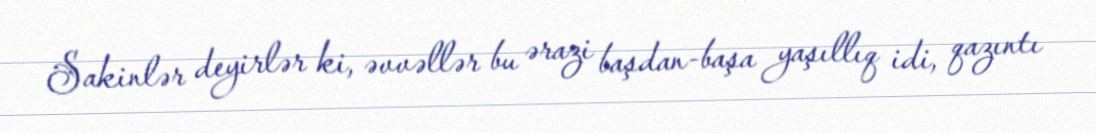
Sakinlər deyirlər ki, əvvəllər bu ərazi başdan-başa yaşıllıq idi, qazıntı